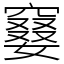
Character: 䆯